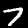
Label: 7